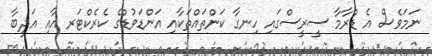
ނަމަވެސް އެ ޑްރާމާ ސީރީސްގައި ހިނގާ ކަންތައްތަކާއި އަންޑަވުޑްގެ ކެރެކްޓަރ އާއި އަދީބާ